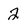
Character: 2